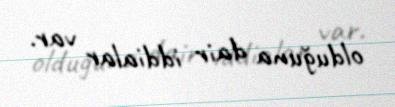
olduğuna dair iddialar var.